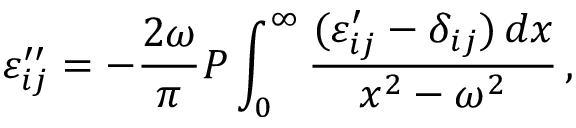
\varepsilon _ { i j } ^ { \prime \prime } = - { \frac { 2 \omega } { \pi } } { \cal P } \int _ { 0 } ^ { \infty } { \frac { ( \varepsilon _ { i j } ^ { \prime } - \delta _ { i j } ) \, d x } { x ^ { 2 } - \omega ^ { 2 } } } \, ,